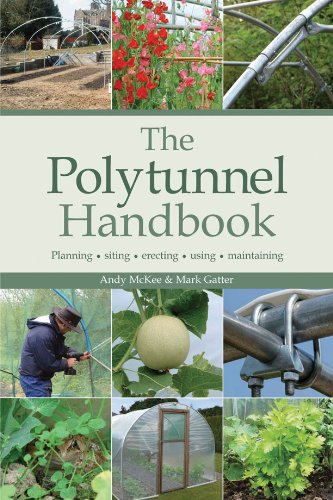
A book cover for The Polytunnel Handbook: Planning/Siting/Erecting/Using/Maintaining; Mark Gatter; Crafts, Hobbies & Home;